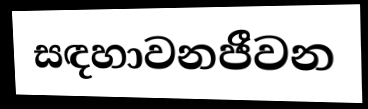
සඳහාවනජීවන